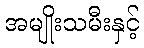
အမျိုးသမီးနှင့်